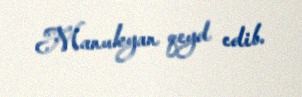
Manukyan qeyd edib.